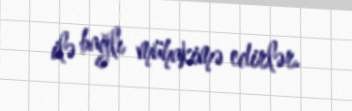
ilə bağlı mühakimə edirlər.